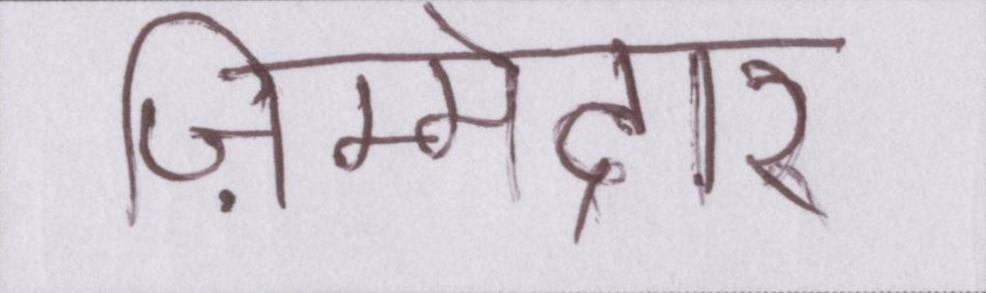
ज़िम्मेदारी